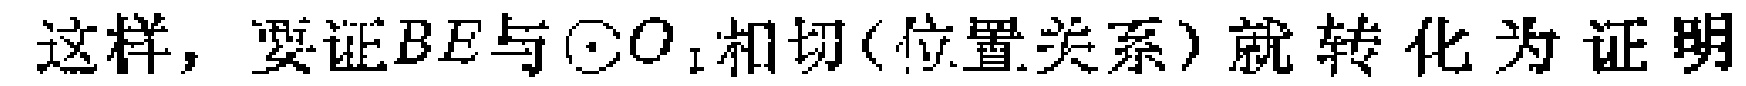
这样，要证\(BE\)与\(\odot O_{1}\)相切(位置关系)就转化为证明